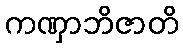
ကဏှာဘိဇာတိ